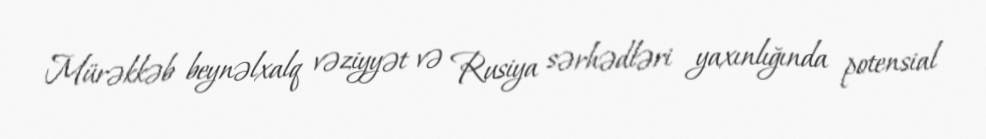
Mürəkkəb beynəlxalq vəziyyət və Rusiya sərhədləri yaxınlığında potensial